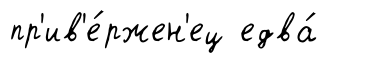
пр'ив'е́ржен'ец едва́